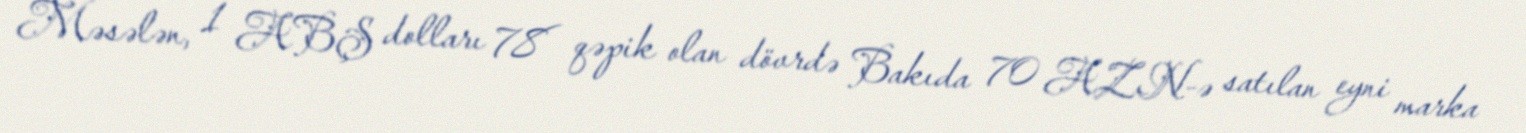
Məsələn, 1 ABŞ dolları 78 qəpik olan dövrdə Bakıda 70 AZN-ə satılan eyni marka